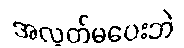
အလွတ်မပေးဘဲ